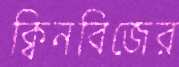
ক্বিনবিজের